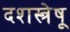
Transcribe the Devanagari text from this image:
दशस्त्रेषू